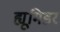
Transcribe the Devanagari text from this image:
ह्यूमिडर